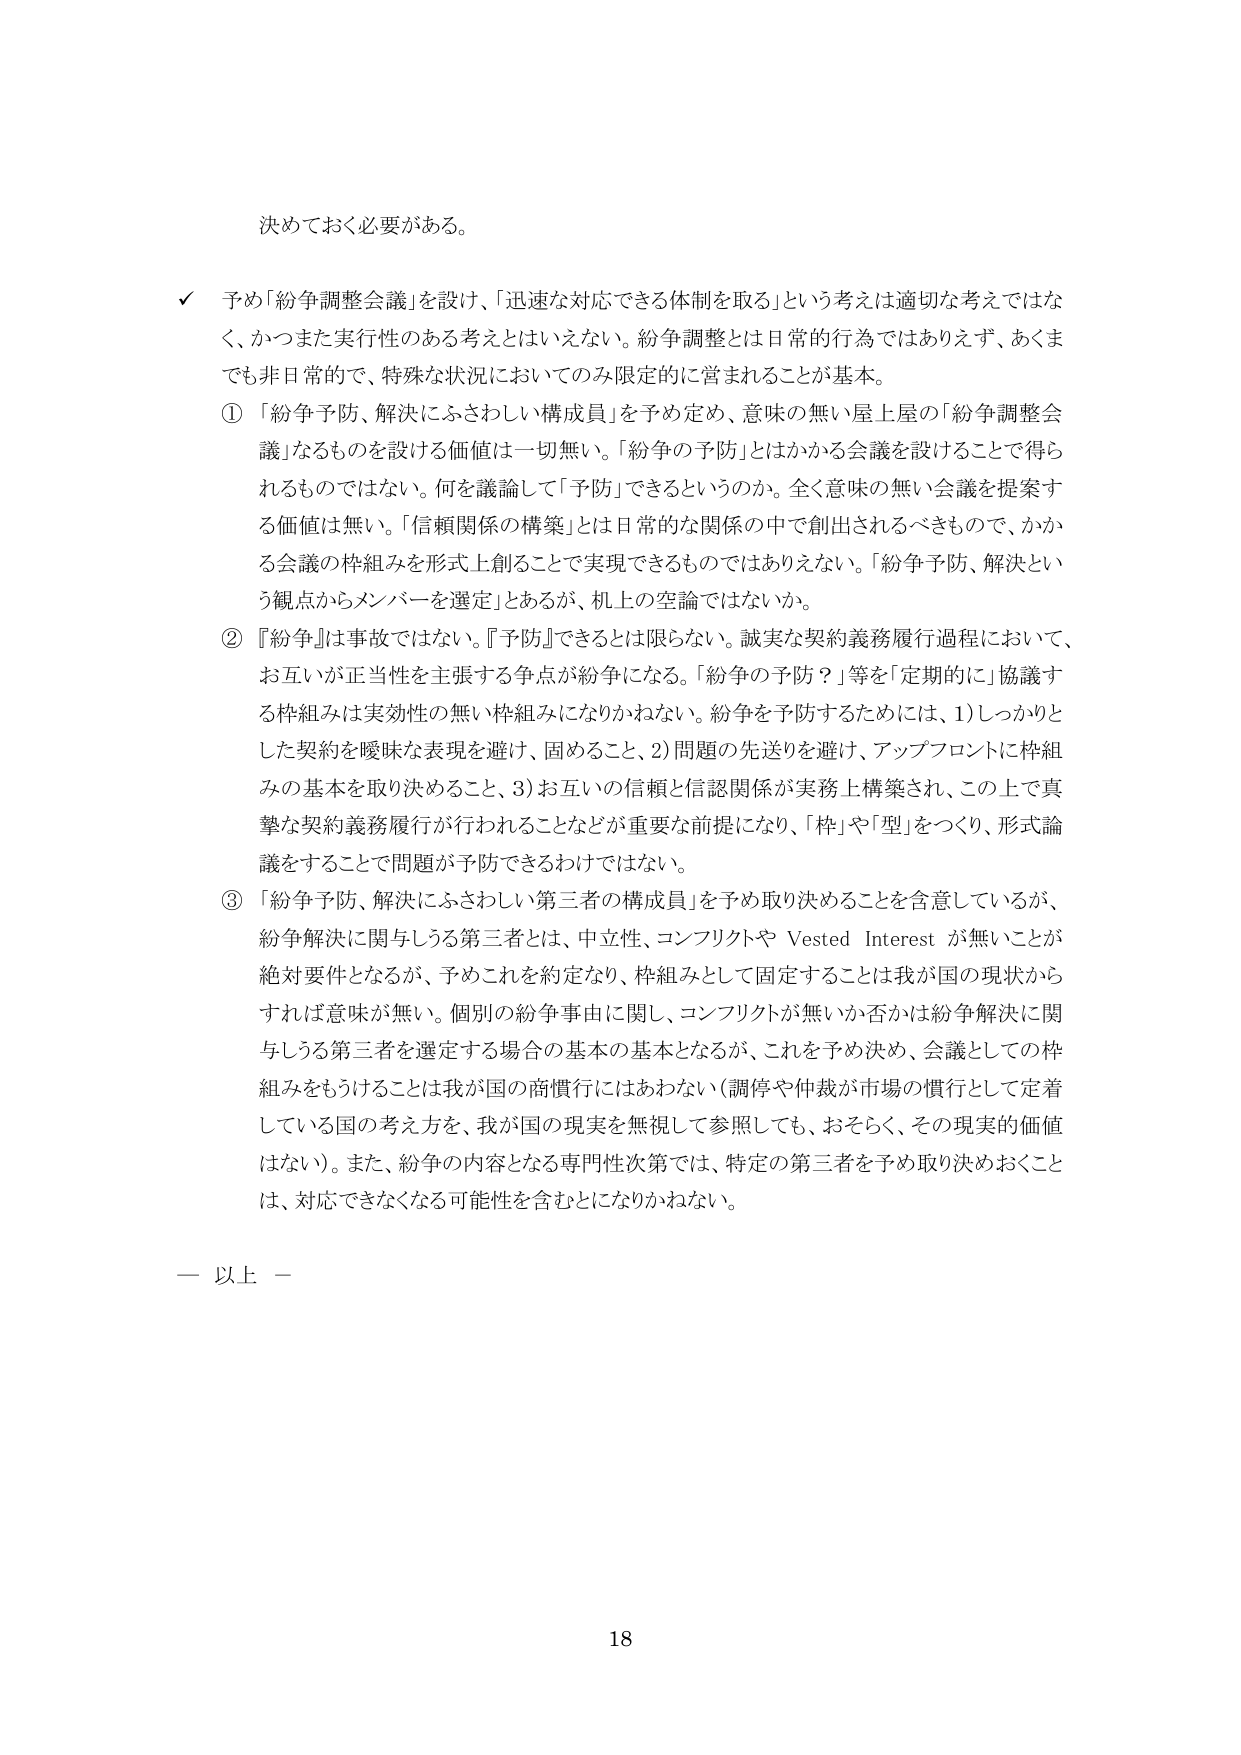
決めておく必要がある。

✓ 予め「紛争調整会議」を設け、「迅速な対応できる体制を取る」という考えは適切な考えではなく、かつまた実行性のある考えとはいえない。紛争調整とは日常的行為ではありえず、あくまでも非日常的で、特殊な状況においてのみ限定的に営まれることが基本。

① 「紛争予防、解決にふさわしい構成員」を予め定め、意味の無い屋上屋の「紛争調整会議」なるものを設ける価値は一切無い。「紛争の予防」とはかかる会議を設けることで得られるものではない。何を議論して「予防」できるというのか。全く意味の無い会議を提案する価値は無い。「信頼関係の構築」とは日常的な関係の中で創出されるべきもので、かかる会議の枠組みを形式上創ることで実現できるものではありえない。「紛争予防、解決という観点からメンバーを選定」とあるが、机上の空論ではないか。

② 『紛争』は事故ではない。『予防』できるとは限らない。誠実な契約義務履行過程において、お互いが正当性を主張する争点が紛争になる。「紛争の予防？」等を「定期的に」協議する枠組みは実効性の無い枠組みになりかねない。紛争を予防するためには、1）しっかりとした契約を曖昧な表現を避け、固めること、2）問題の先送りを避け、アップフロントに枠組みの基本を取り決めること、3）お互いの信頼と信認関係が実務上構築され、この上で真摯な契約義務履行が行われることなどが重要な前提になり、「枠」や「型」をつくり、形式論議をすることで問題が予防できるわけではない。

③ 「紛争予防、解決にふさわしい第三者の構成員」を予め取り決めることを含意しているが、紛争解決に関与しうる第三者とは、中立性、コンフリクトや Vested Interest が無いことが絶対要件となるが、予めこれを約定なり、枠組みとして固定することは我が国の現状からすれば意味が無い。個別の紛争事由に関し、コンフリクトが無いか否かは紛争解決に関与しうる第三者を選定する場合の基本の基本となるが、これを予め決め、会議としての枠組みをもうけることは我が国の商慣行にはあわない（調停や仲裁が市場の慣行として定着している国の考え方を、我が国の現実を無視して参照しても、おそらく、その現実的価値はない）。また、紛争の内容となる専門性次第では、特定の第三者を予め取り決めおくことは、対応できなくなる可能性を含むことになりかねない。

— 以上 —

18